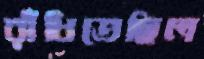
রাঁধিতেছিল